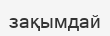
зақымдай